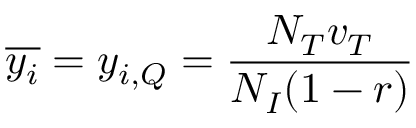
\overline { { y _ { i } } } = y _ { i , Q } = \frac { N _ { T } v _ { T } } { N _ { I } ( 1 - r ) }